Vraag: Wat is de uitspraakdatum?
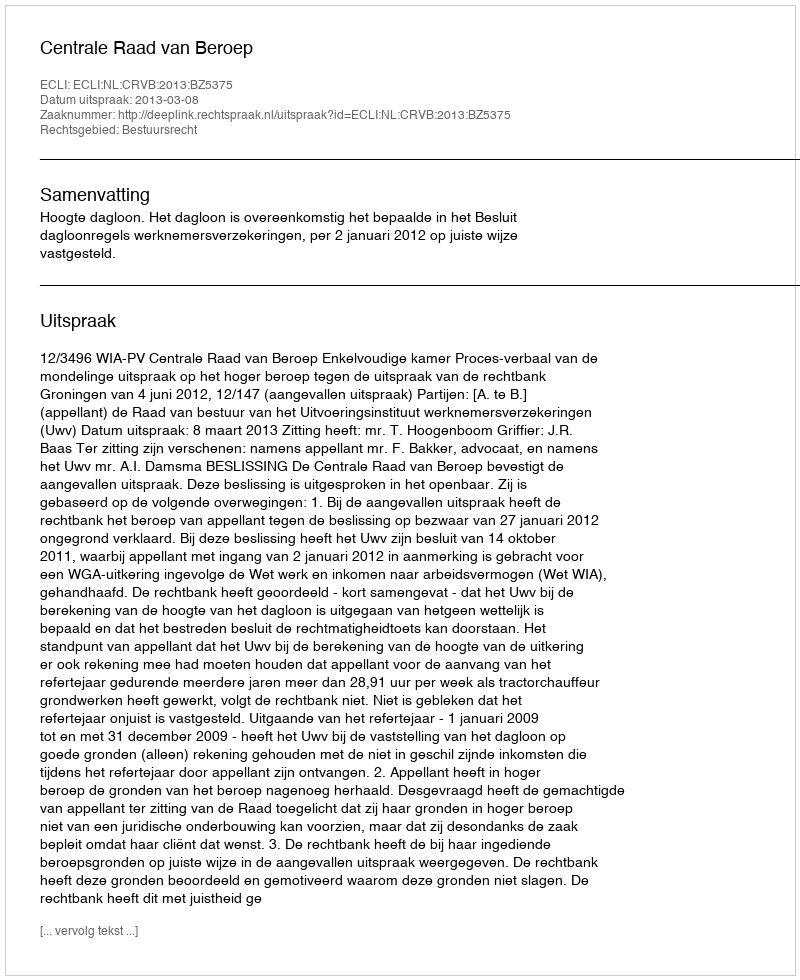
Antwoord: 2013-03-08